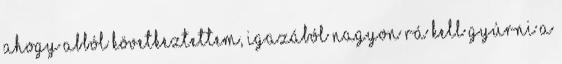
ahogy abból következtettem, igazából nagyon rá kell gyúrni a